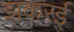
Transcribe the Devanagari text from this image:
झकरई